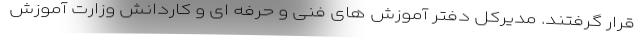
قرار گرفتند. مدیرکل دفتر آموزش های فنی و حرفه ای و کاردانش وزارت آموزش